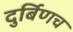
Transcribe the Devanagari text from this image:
दुर्बिणच